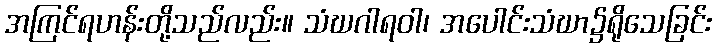
အကြင်ရဟန်းတို့သည်လည်း။ သံဃဂါရဝါ၊ အပေါင်းသံဃာ၌ရိုသေခြင်း